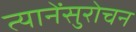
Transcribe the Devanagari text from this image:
त्यानेंसुरोचन